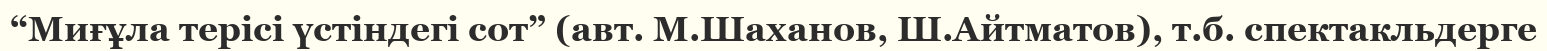
“Миғұла терісі үстіндегі сот” (авт. М.Шаханов, Ш.Айтматов), т.б. спектакльдерге